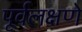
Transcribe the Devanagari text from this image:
पूर्वलक्षणे